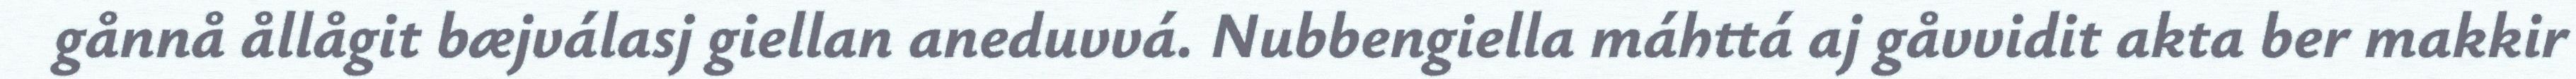
gånnå ållågit bæjválasj giellan aneduvvá. Nubbengiella máhttá aj gåvvidit akta ber makkir